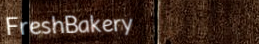
FreshBakery